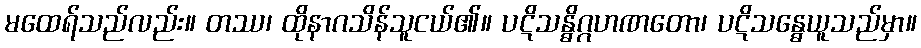
မထေရ်သည်လည်း။ တဿ၊ ထိုနာဂသိန်သူငယ်၏။ ပဋိသန္ဓိဂ္ဂဟဏတော၊ ပဋိသန္ဓေယူသည်မှာ။